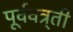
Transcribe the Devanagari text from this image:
पूर्ववत्र्ती